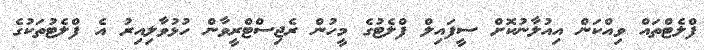
ފްލެޓްތައް ވިއްކަން އިއުލާނުކޮށް ސީފައިލް ފްލެޓުގެ މީހުން ރެޖިސްޓްރީވާން ހުޅުވާލިއިރު އެ ފްލެޓުތަކުގެ